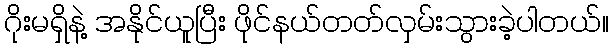
ဂိုးမရှိနဲ့ အနိုင်ယူပြီး ဖိုင်နယ်တတ်လှမ်းသွားခဲ့ပါတယ်။